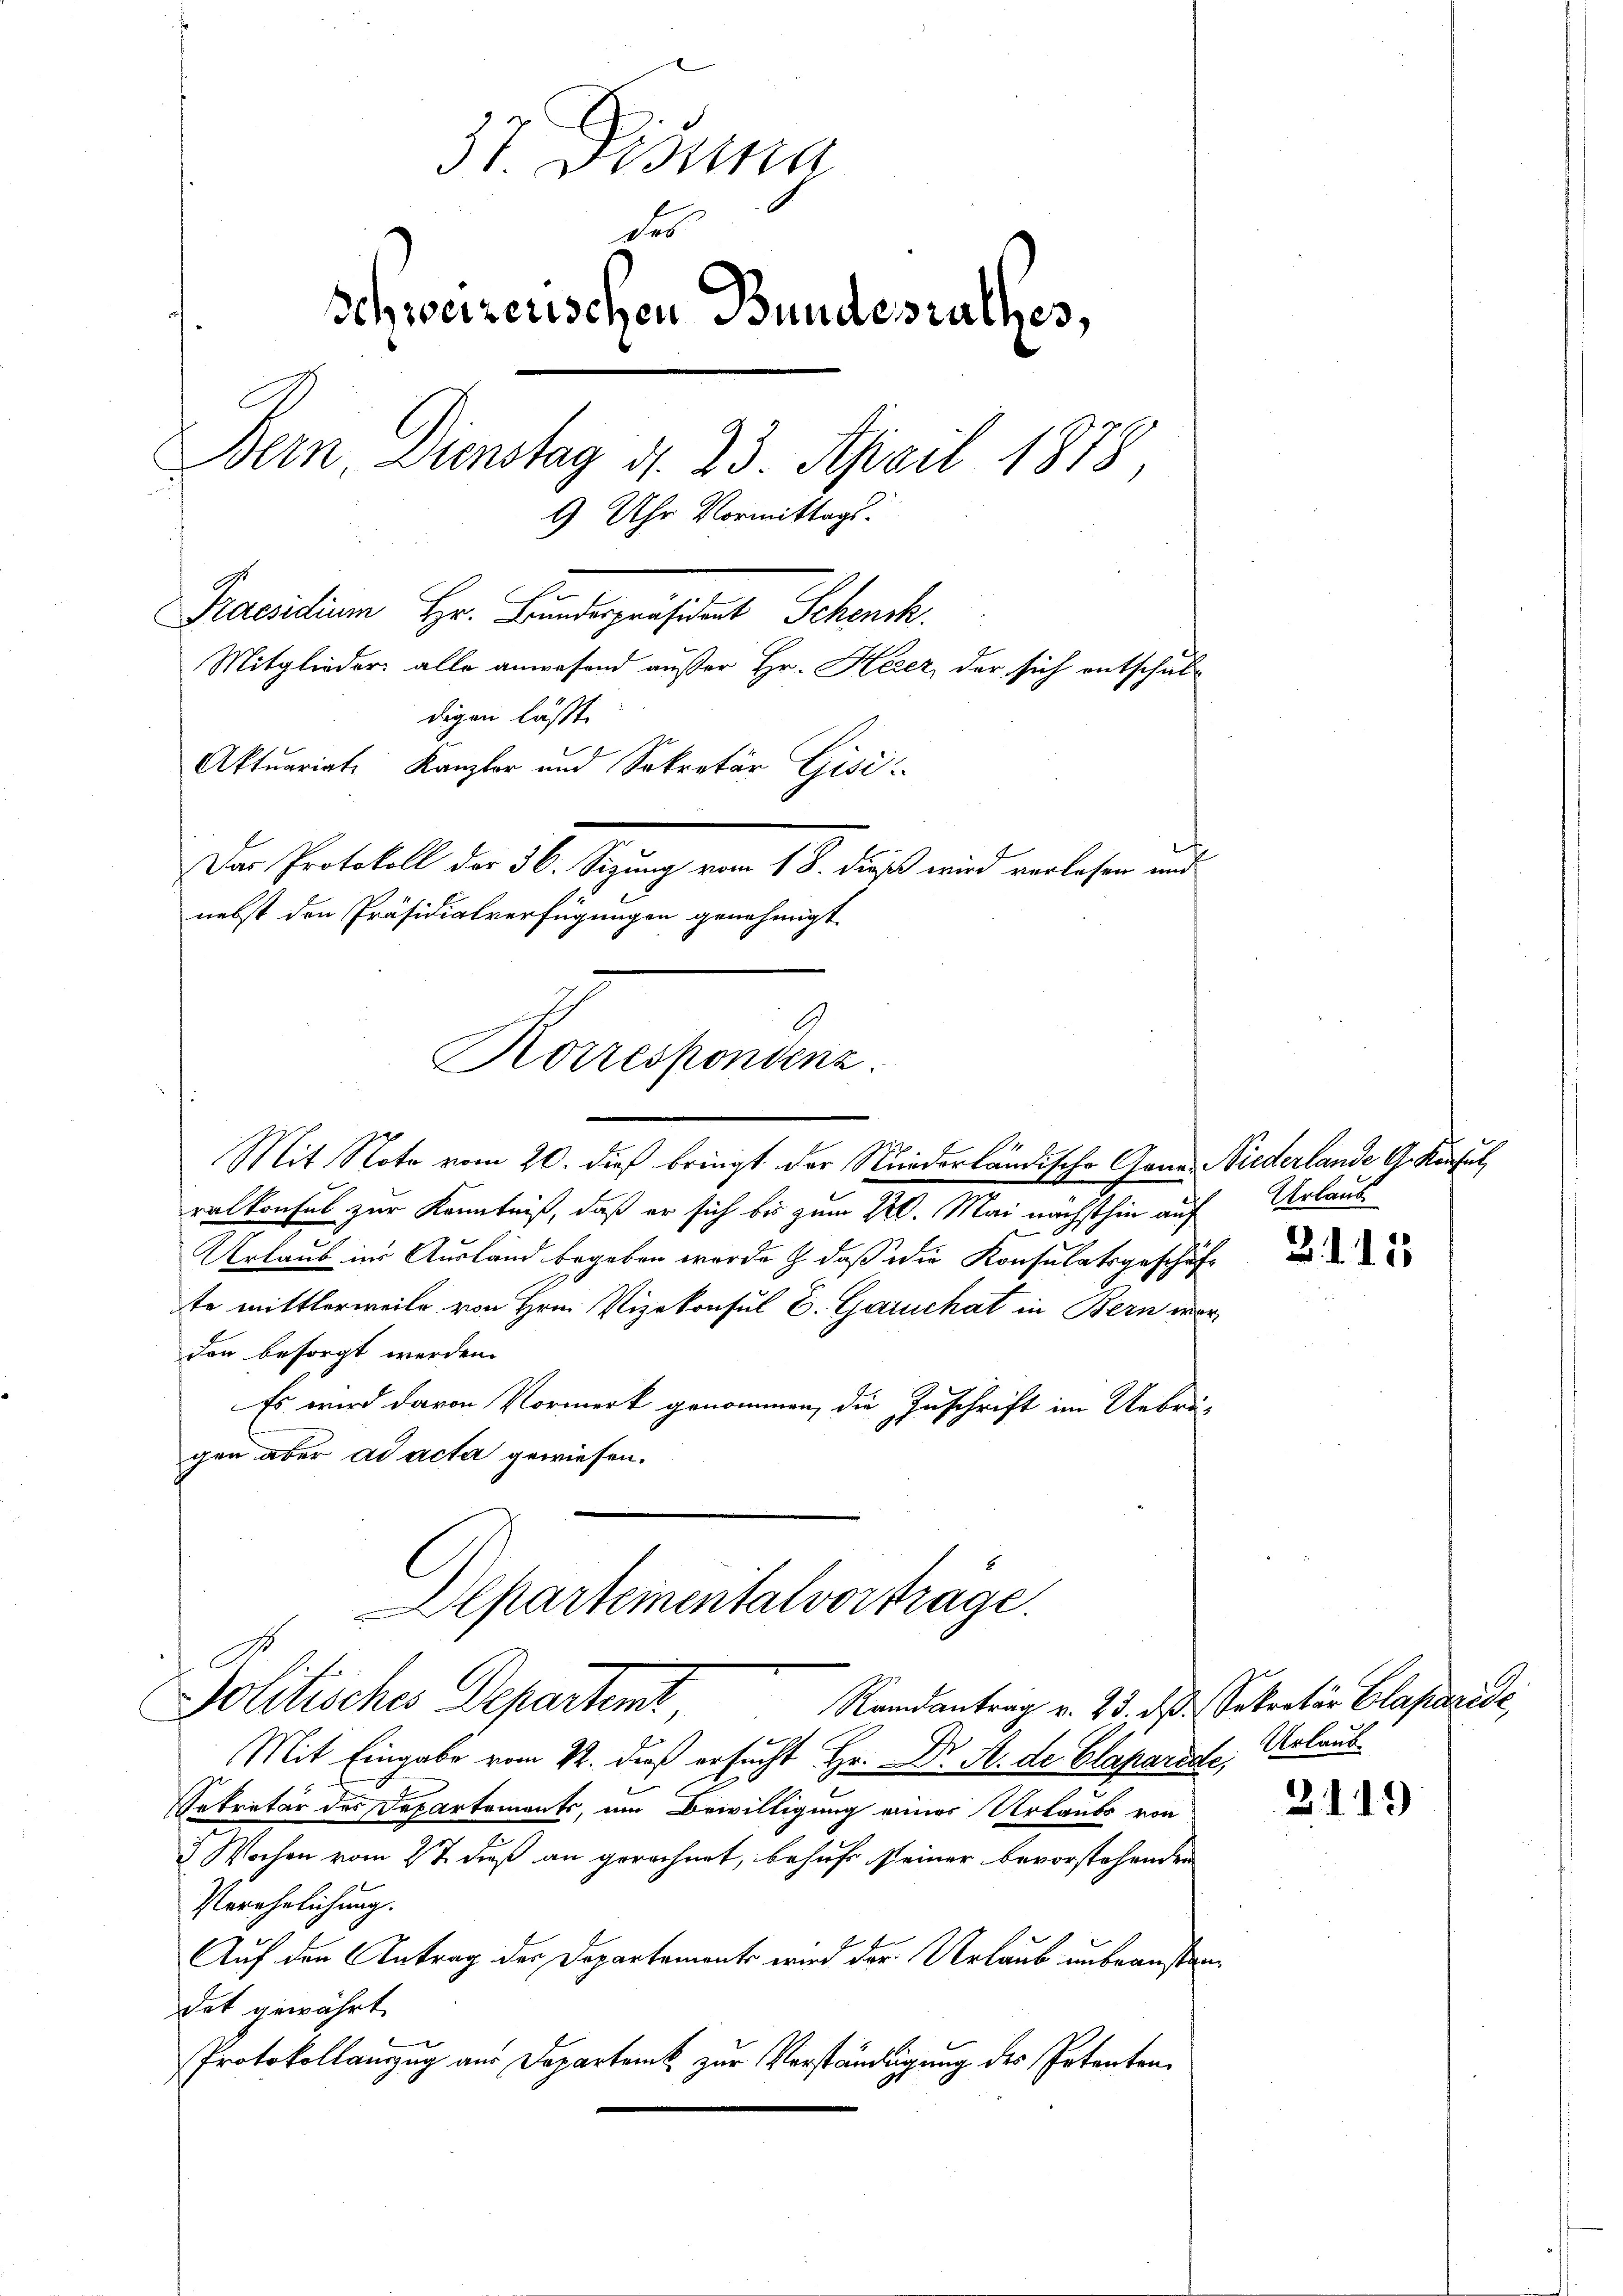
Korrespondenz.

37. Disung
des
schweizerischen Bundesrathes,
Bern Dienstag d. 23. April 1878,
9 Uhr Vormittags.
2
Praesidium Hr. Bundespräsident Schenk
Mitglieder alle anwesend außer Hr. Keser, der sich entschuldigen lässt.
Aktuariat Kanzler und Sekretär Gisi
Der Protokoll der 30. Sigung vom 18. Fuß wird verlesen und
nebst den Präsidialverfügungen genehmigt.

Mit Note vom 20. dieß bringt der Niederländische Ganz Niederlande G. Konsul
ralkonsul zur Kenntniß, daß er sich bis zum 20. Mai nächsthin auf
Urlaub in Ausland begeben wurde & daß die Konsulatsgeschäft
te mittlerweile von Hrn. Vizekonsul E. Garuchat in Bern worden besorgt werden.
Es wird davon Vormerk genommen, die Zuschrift im Uebri-
gen aber ad acta gewiesen.
Departementalverträge.
Politisches Departen
Ramantrag v. 23. ds. Sekretär Claparise,
Mit Eingabe vom 12. dieß ersucht Hr. Dr. A. de Claparede,
C
Sekretär des Departements, um Bewilligung eines Urlaubs von
2 Wochen vom 2t dieß an gerechnet, behuf seiner bevorstehenden
Verehelichung.
Auf den Antrag der Departements wird der Urlaub unbeanstandet gewährt
Protokollanzug aus Departamt zur Verständigung des Petenten.

Urlaub.

B.1115

Urlaub.

3119